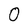
Character: 0